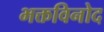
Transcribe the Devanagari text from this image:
भक्तविनोद